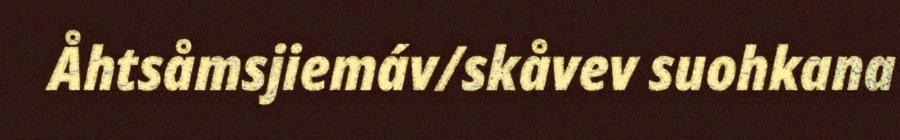
Åhtsåmsjiemáv/skåvev suohkana